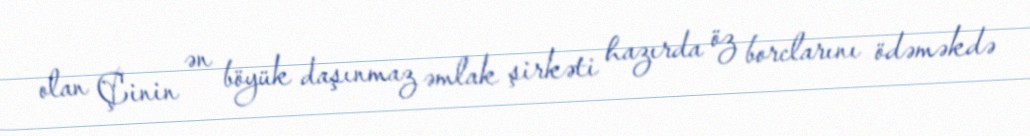
olan Çinin ən böyük daşınmaz əmlak şirkəti hazırda öz borclarını ödəməkdə